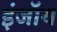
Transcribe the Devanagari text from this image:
इंजॉय